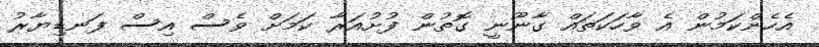
އެހެންކަމުން އެ ވާހަކަތައް ގާނޫނީ ގޮތުން ފުށުއަރާ ކަމަށް ވެސް އިސް ފަނޑިޔާރު